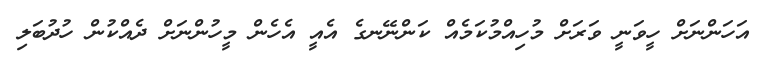
އަހަންނަށް ހީވަނީ ވަރަށް މުހިއްމުކަމެއް ކަންނޭނގެ އެއީ އެހެން މީހުންނަށް ދެއްކުން ހުދުބަލި